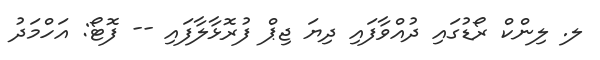
ލ. ލިންކް ރޯޑުގައި ދުއްވާފައި ދިޔަ ޖިޕް ފުރޮޅާލާފައި -- ފޮޓޯ: އަހްމަދު